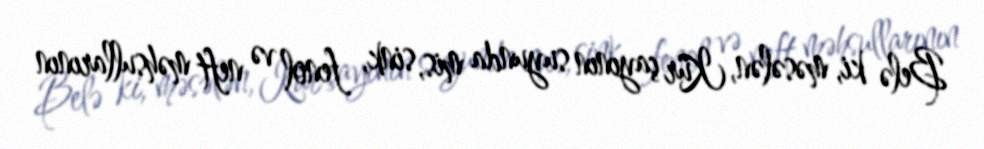
Belə ki, məsələn, Kür çayının suyunda mis, sink, fenol və neft məhsullarının